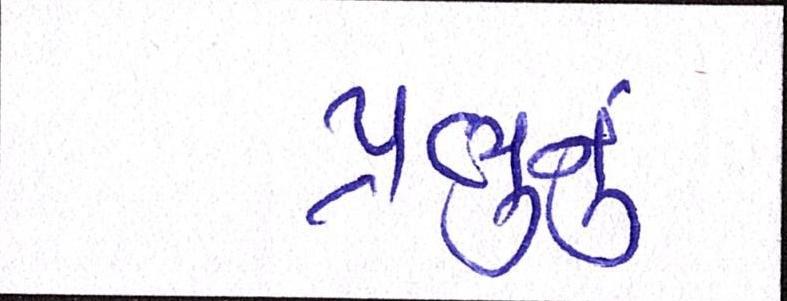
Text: પ્રભુનું